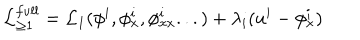
{ \cal L } _ { \ge 1 } ^ { f u l l } = { \cal L } _ { 1 } ( \phi ^ { i } , \phi _ { x } ^ { i } , \phi _ { x x } ^ { i } . . . ) + \lambda _ { i } ( u ^ { i } - \phi _ { x } ^ { i } )